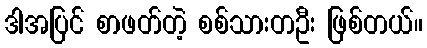
ဒါအပြင် စာဖတ်တဲ့ စစ်သားတဦး ဖြစ်တယ်။